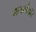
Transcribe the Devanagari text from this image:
आम्लांपैकी